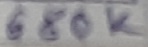
Text: 680K